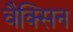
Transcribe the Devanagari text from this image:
वैक्सिन